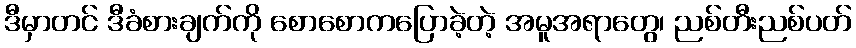
ဒီမှာတင် ဒီခံစားချက်ကို စောစောကပြောခဲ့တဲ့ အမူအရာတွေ၊ ညစ်တီးညစ်ပတ်